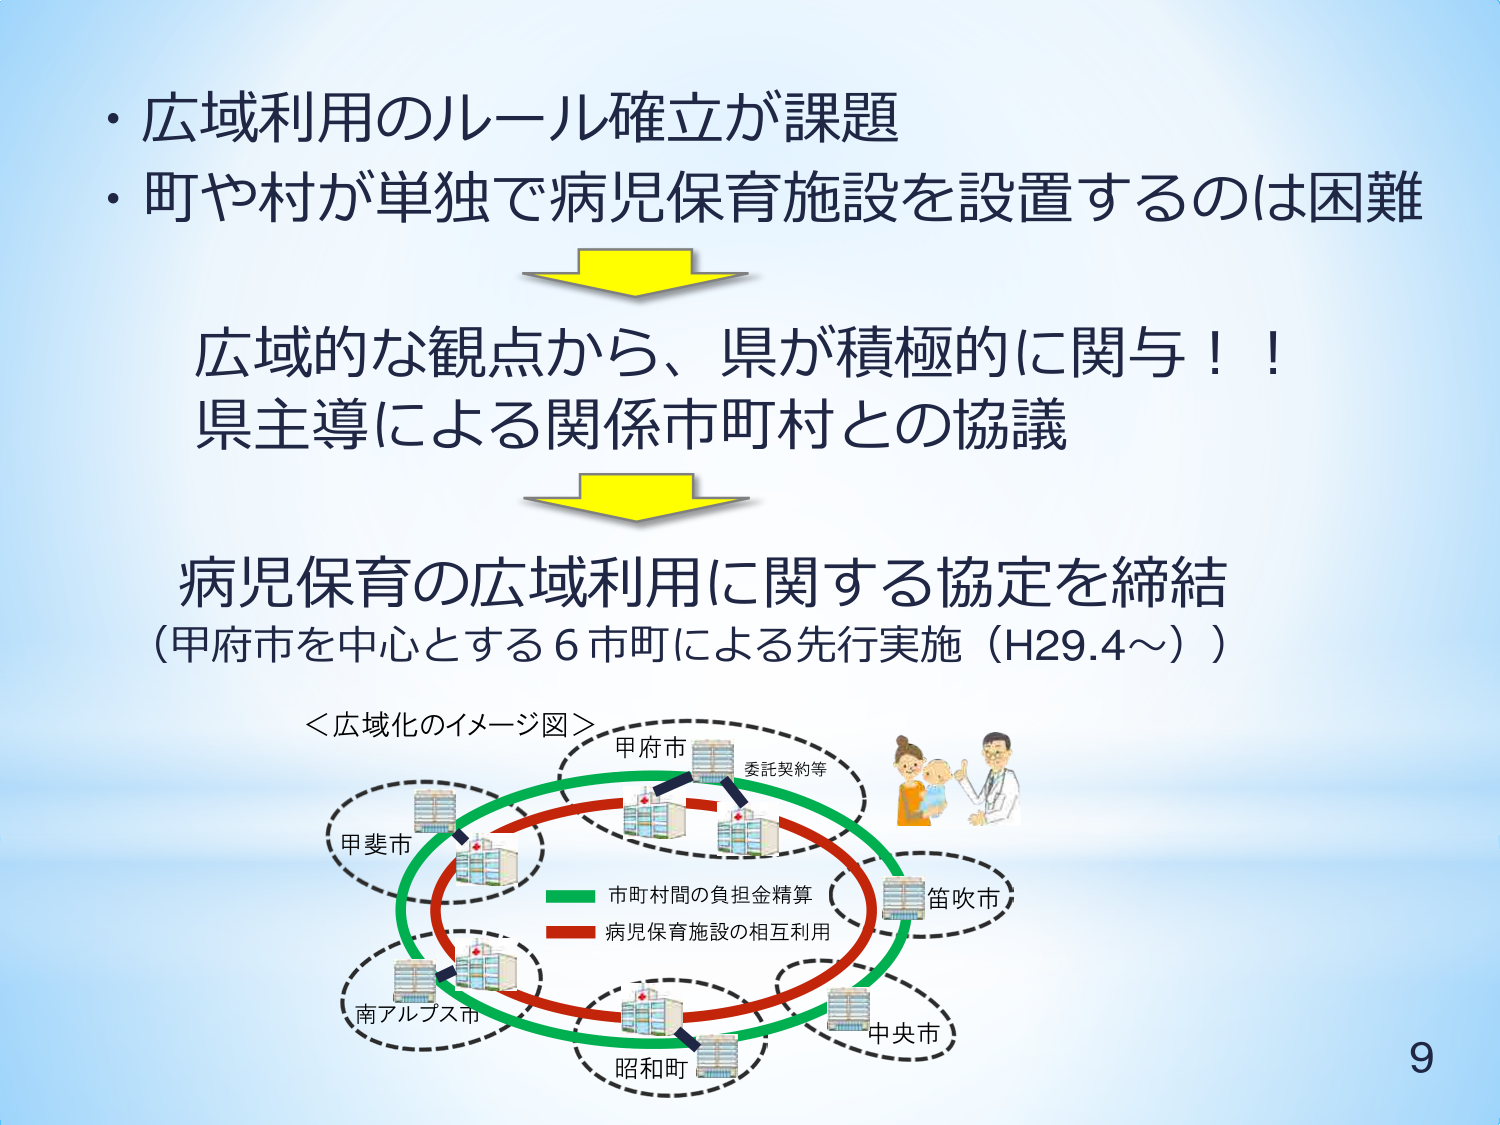
・広域利用のルール確立が課題
・町や村が単独で病児保育施設を設置するのは困難

広域的な観点から、県が積極的に関与！！
県主導による関係市町村との協議

病児保育の広域利用に関する協定を締結
（甲府市を中心とする６市町による先行実施（H29.4～））

＜広域化のイメージ図＞
甲府市
委託契約等
甲斐市
笛吹市
南アルプス市
中央市
昭和町

緑色線：市町村間の負担金精算
赤色線：病児保育施設の相互利用

9